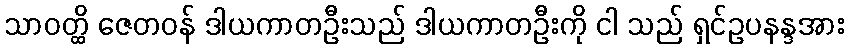
သာဝတ္ထိ ဇေတဝန် ဒါယကာတဦးသည် ဒါယကာတဦးကို ငါ သည် ရှင်ဥပနန္ဒအား